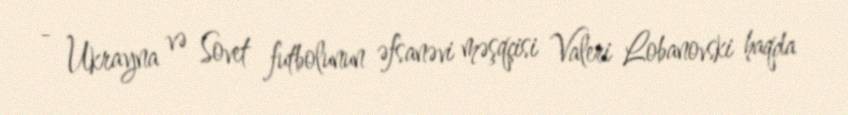
- Ukrayna və Sovet futbolunun əfsanəvi məşqçisi Valeri Lobanovski haqda